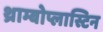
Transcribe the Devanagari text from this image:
थ्राम्बोप्लास्टिन